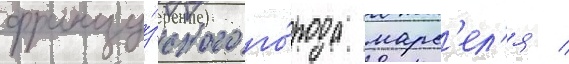
францу́зского го́рода марс'ел'я /